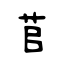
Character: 苢